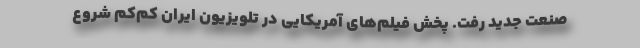
صنعت جدید رفت. پخش فیلم‌های آمریکایی در تلویزیون ایران کم‌کم شروع